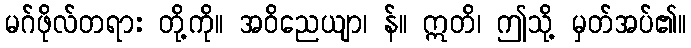
မဂ်ဖိုလ်တရား တို့ကို။ အဝိညေယျာ၊ န်။ ဣတိ၊ ဤသို့ မှတ်အပ်၏။